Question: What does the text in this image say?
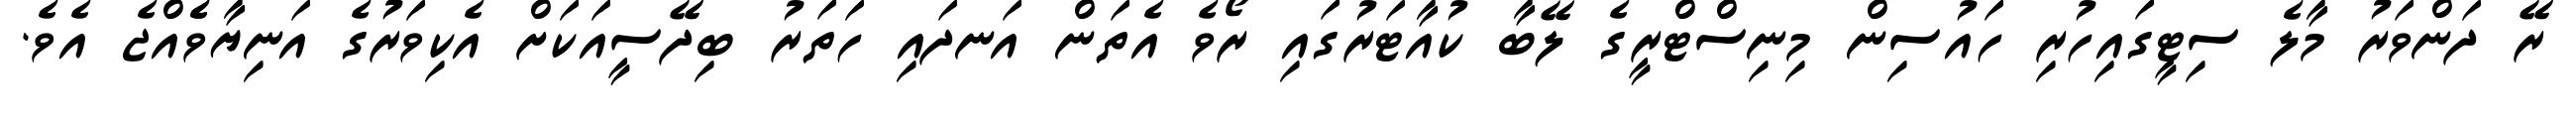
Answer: ރޭ ދަންވަރު މާލެ ސިޓީގައިހުރި ހައުސިން މިނިސްޓްރީގެ ލޭބާ ކުއާޓަރުގައި ރޯވެ އެތަން އަނދައި ހަތަރު ބިދޭސީއަކަށް އެކިވަރުގެ އަނިޔާވެެއްޖެ އެވެ.